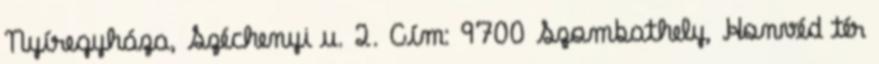
Nyíregyháza, Széchenyi u. 2. Cím: 9700 Szombathely, Honvéd tér